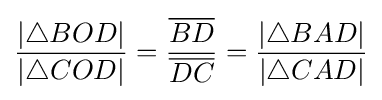
{\frac {|\triangle BOD|}{|\triangle COD|}}={\frac {\overline {BD}}{\overline {DC}}}={\frac {|\triangle BAD|}{|\triangle CAD|}}